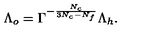
\Lambda _ { o } = \Gamma ^ { - { \frac { N _ { c } } { 3 N _ { c } - N _ { f } } } } \Lambda _ { h } .